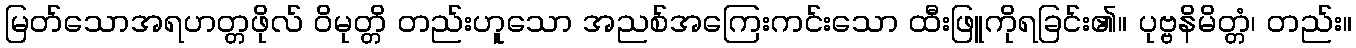
မြတ်သောအရဟတ္တဖိုလ် ဝိမုတ္တိ တည်းဟူသော အညစ်အကြေးကင်းသော ထီးဖြူကိုရခြင်း၏။ ပုဗ္ဗနိမိတ္တံ၊ တည်း။